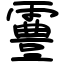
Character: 霻